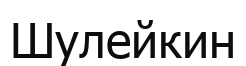
Шулейкин